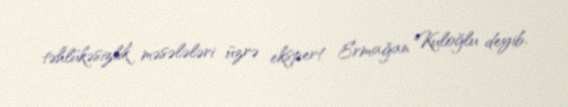
təhlükəsizlik məsələləri üzrə ekspert Ermağan Kuloğlu deyib.